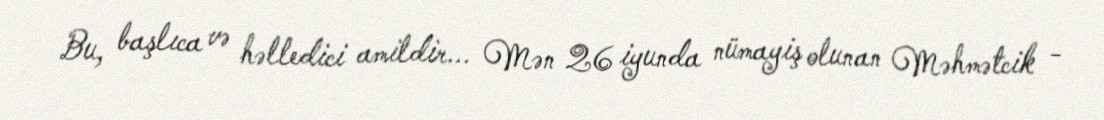
Bu, başlıca və həlledici amildir... Mən 26 iyunda nümayiş olunan Məhmətcik -